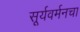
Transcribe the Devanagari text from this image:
सूर्यवर्मनचा